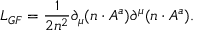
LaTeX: { \cal L } _ { G F } = \frac { 1 } { 2 n ^ { 2 } } \partial _ { \mu } ( n \cdot A ^ { a } ) \partial ^ { \mu } ( n \cdot A ^ { a } ) .